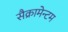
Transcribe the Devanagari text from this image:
सैक्रामेन्टम